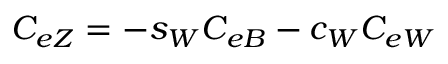
C _ { e Z } = - s _ { W } C _ { e B } - c _ { W } C _ { e W }